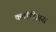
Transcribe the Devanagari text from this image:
क्लॉडीअस